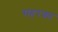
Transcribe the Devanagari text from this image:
सहरका